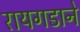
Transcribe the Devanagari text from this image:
रायगडाने